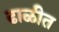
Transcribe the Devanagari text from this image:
ढाळीत